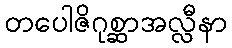
တပေါဇိဂုစ္ဆာအလ္လီနာ